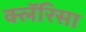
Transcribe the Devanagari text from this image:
क्लॅरिसा